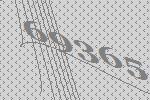
69365